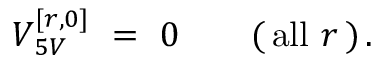
V _ { \, 5 V } ^ { [ r , 0 ] } \ = \ 0 \qquad ( \, \mathrm { a l l } \ r \, ) \, .